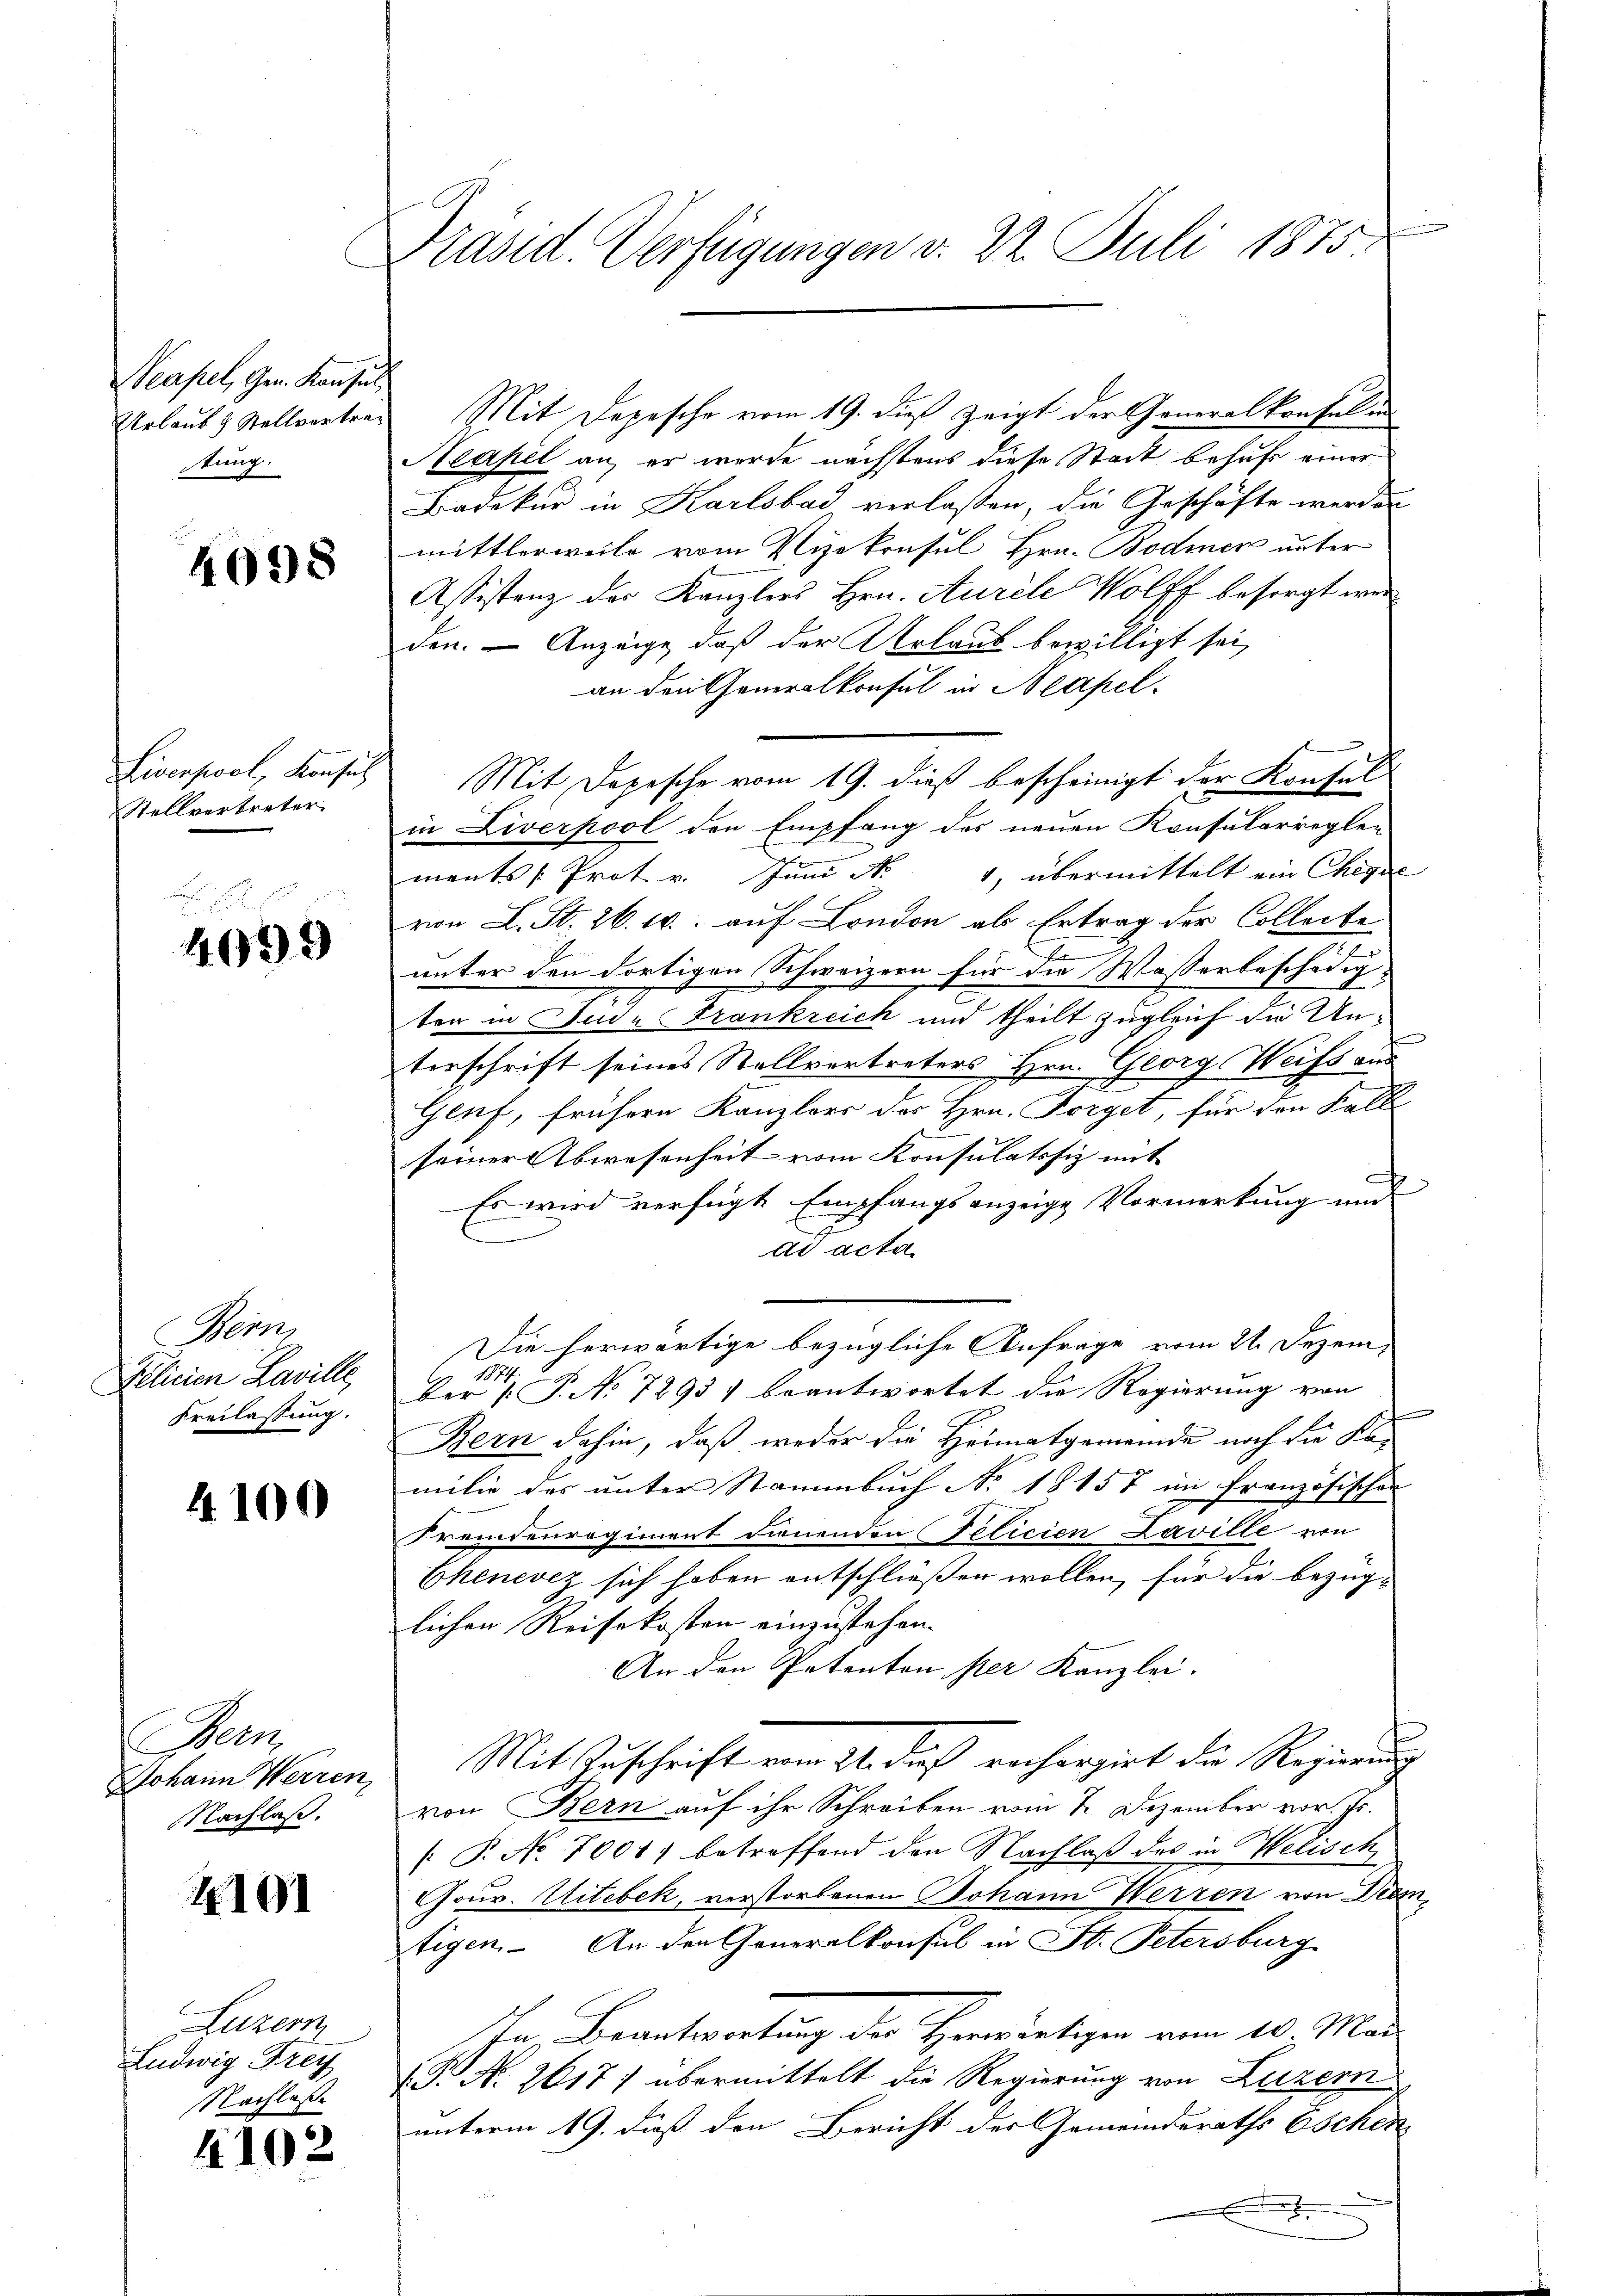
Neapel, Gen. Konsul
Urlaub & Stellvertrag
tung.

4098

Liverpool, Konsul
Stellvertreter.

4099

Bern,
Plicien Laville,
Freilassung.

4100

Bern
Johann Werren
Nachlaß.

2101

Luzern,
Ludwig Frey
Nachlasse

4102

Präsid Verfügungen d. 22. Juli 1875

Mit Depesche vom 19. dieß zeigt der Generalkonfel in
Neapel an, er wurde nächstens diese Stadt behufs einer
Badeker in Karlsbad verlassen, die Geschäfte werden
mittlerweile vom Vizekonsul Hrn. Bodmer unter
Assistenz des Kanzlers Hrn. Aurel Wolff besorgt werden. — Anzeige, daß der Urlaub bewilligt sei,
an den Generalkonsul in Neapel-
Mit Depesche vom 19. dieß bescheinigt der Konsul
in Liverpool den Empfang des neuen Konsularreglen
ments Prot v. Juni d. 4, übermittelt ein Chegel
von L. St. 26. 16. auf London als Ertrag der Collecte
.
E
unter den dortigen Schweizern für die Wasserbeschädig-
ten in Jude Frankreich und theilt zugleich die Unterschrift seines Stellvertreters Hrn. Georg Weiss aus
Genf, frühern Kanzlers des Hrn. Forget, für den Fall
seiner Abwesenheit vom Konsulatisiz mit |
c
Es wird verfügt Empfangsanzeige Vormerkung und
ad acta
Die herwärtige bezügliche Anfrage vom 21. Dezem¬
1874.
Ber (P. No 7295) beantwortet die Regierung von
Bern dahin, daß weder die Heimatgemeinde noch die Kamilie das unter Stammbuch No. 18157 im Französischen
Fremdenregiment dienenden Telicien Laville von
Chenevez sich haben entschließen wollen, für die bezüglichen Reisekosten einzustehen.
An den Petenton per Kanzlei.
Mit Zuschrift vom 21. daß recherzirt die Regierung
von Bern auf ihr Schreiben vom 2. Dezember vor. Dr.
[ P. No. 7001) betreffend den Nachlaß das in Welisch
Gour. Witebek, verstorbenen Johann Werren von Dramtigen. An den Generalkonsul in St. Petersburg
Ihn Beantwortung der Herwärtigen vom 10. Mar
(P. N. 2617) übermittelt die Regierung von Luzern
unterm 19. dieß den Bericht der Gemeinderaths Eschen
.